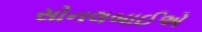
સોનલબાઈએ